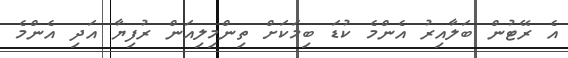
އެ ރޭޓުން ބަލާއިރު އެންމެ ކުޑަ ބިމަކަށް ތިންމިލިއަން ރުފިޔާ އަދި އެންމެ